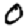
Digit: 0